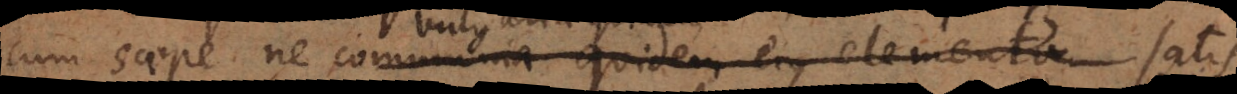
cum saepe ne communia quidem ejus elementam satis